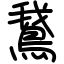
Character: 鵞